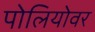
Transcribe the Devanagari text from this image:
पोलियोवर